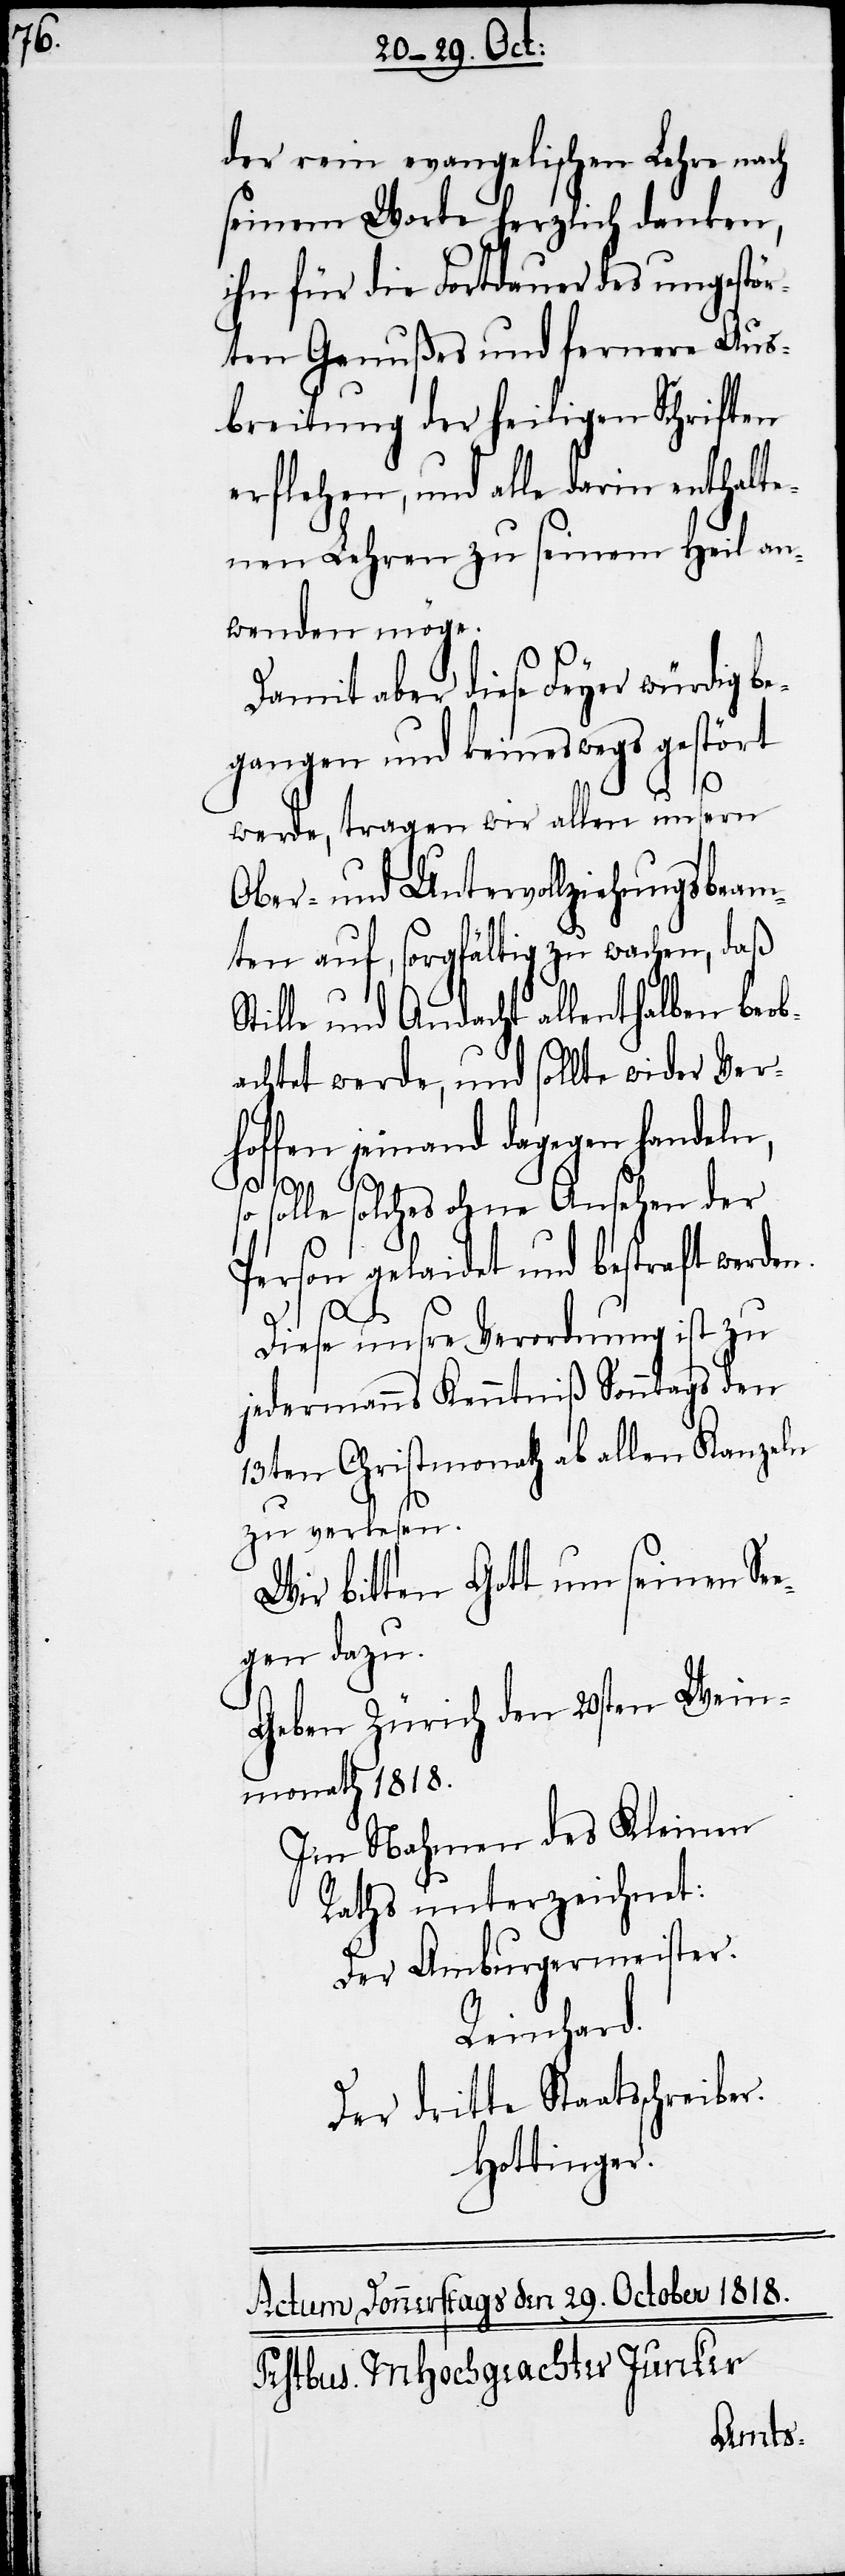
der rein evangelischen Lehre nach
seinem Worte herzlich danken,
ihn für die Fortdauer des ungestör¬
ten Genußes und fernere Aus¬
breitung der heiligen Schriften
erflehen, und alle darin enthalte¬
nen Lehren zu seinem Heil an¬
wenden möge.
Damit aber diese Feyer würdig be¬
gangen und keineswegs gestört
n.
werde tragen wir allen unsern
Ober- und Untervollziehungsbeam¬
ten auf, sorgfältig zu wachen, daß
Stille und Andacht allenthalben beob¬
achtet werde, und sollte wider Ver¬
hoffen jemand dagegen handeln,
so solle solches ohne Ansehen der
Person gelaidet und bestraft werde¬
Diese unsre Verordnung ist zu
jedermanns Kenntniß Sonntags den
13ten Christmonath ab allen Kanzeln
zu verlesen.
Wir bitten Gott um seinen Se¬
egen dazu.
Geben Zürich den 20sten Wein¬
monath 1818.
Im Nahmen des Kleinen
Raths unterzeichnet:
Der Am[ts]burgermeister.
Reinhard.
Der dritte Staatsschreiber.
Hottinger.